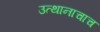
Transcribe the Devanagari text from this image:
उत्थानाचाच